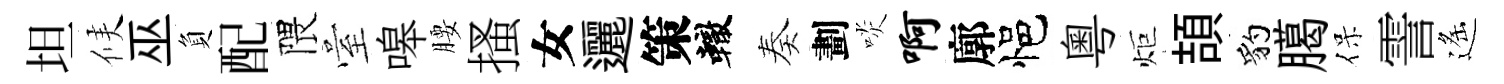
坦候巫負配隈臺嗥腰搔女邐策轍奏劃啖啊廓悒粵炬頡豹臈保霅遙